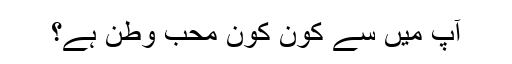
آپ میں سے کون کون محب وطن ہے؟